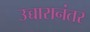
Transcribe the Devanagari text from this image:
उच्चारानंतर